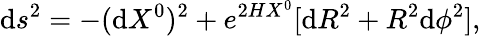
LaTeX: \mathrm{d}s^{2}=-(\mathrm{d}X^{0})^{2}+e^{2HX^{0}}[\mathrm{d}R^{2}+R^{2}\mathrm{d}\phi^{2}],